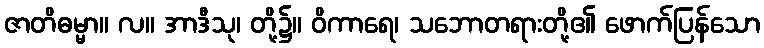
ဇာတိဓမ္မာ။ လ။ အာဒီသု၊ တို့၌။ ဝိကာရေ၊ သဘောတရားတို့၏ ဖောက်ပြန်သော